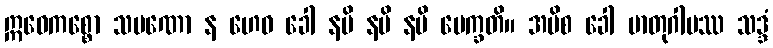
ဣဓေကစ္စော သမဏော န ဟေဝ ခေါ နပိ နပိ နပိ ပေက္ခတိ။ အပိစ ခေါ မာတုဂါမဿ သဒ္ဒံ